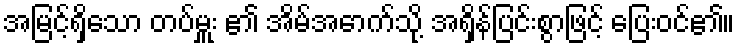
အမြင့်ရှိသော တပ်မှူး ၏ အိမ်အောက်သို့ အရှိန်ပြင်းစွာဖြင့် ပြေးဝင်၏။